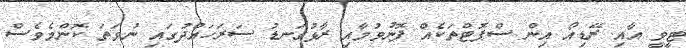
ޓީވީ އާއި ރޭޑިއޯ އިން ސްޕޮޓްތަކެއް ފޮނުވުމާއި ރާޅުގަނޑު ސަރަހައްދުގައި ނުވަތަ ކޮންމެވެސް